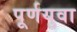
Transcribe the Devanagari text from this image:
पूर्णयुवा